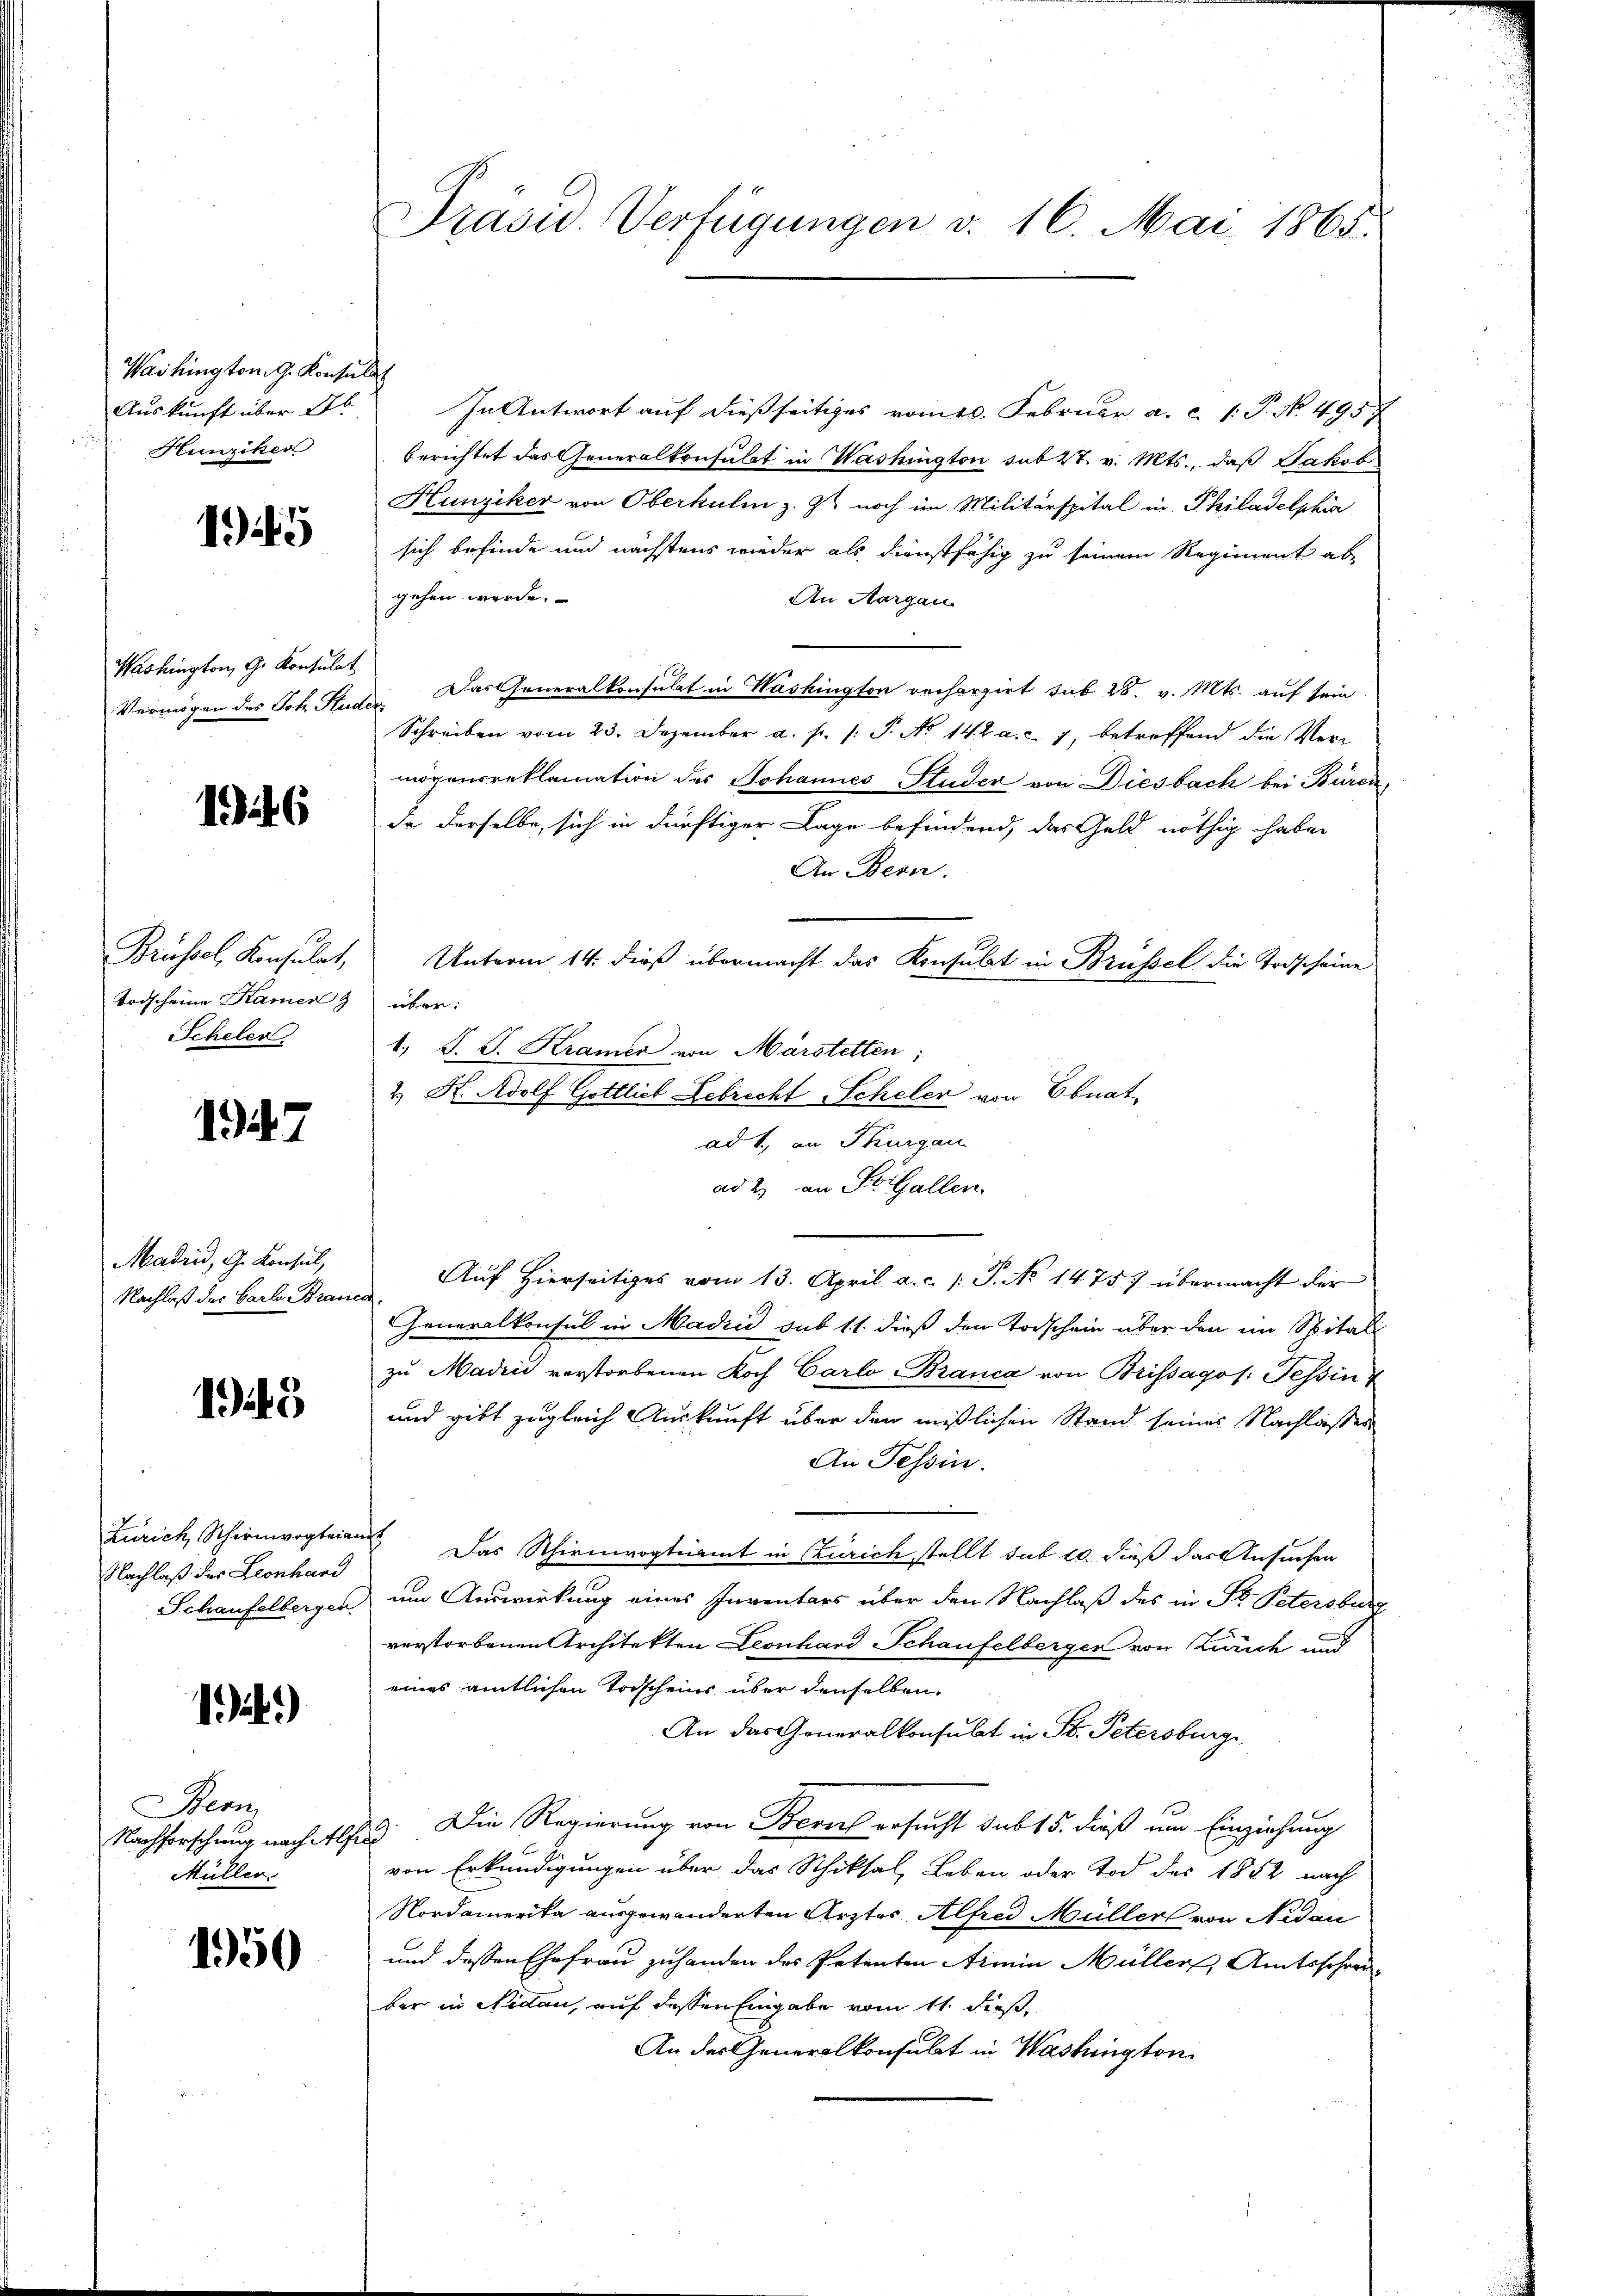
Washington G. Konsulat
Auskunft über Ab
Hunziker

145

Washington, Ge Konsulat

146

Brüssel, Konsulat,
Todscheine Kamer &
Scheler

17

Madrid, G. Konsul,

145

Zürich Schirmvogteia
Nachlaß der Leonhand
Schaufelbergen.

124.)

Bern
Nachforschung nach Alf
Müller.

1950

Präsid. Verfügungen v. 16. Mai 1865.

In Antwort auf dießseitiges vom 10. Februar a. c. 1. P. No. 4957
berichtet das Generalkonsulat in Washington sub 27. v. Mts., daß Jakob
Hunziker von Oberkulin z. Z. noch im Militärspital in Philadelphia
sich befinde und nächstens wieder als dienstfähig zu seinem Regiment ab
gehen werde.
An Aargau.
Vermögen des Joh. Studen. Das Generalkonsulat in Washington rechargirt sub 28. v. Mts. auf sein
Schreiben vom 23. Dezember a. p. /: P. Nr. 142 a. c. 7, betreffend die Vermögensreklamation des Johannes Studer von Diesbach bei Büren,
da derselbe, sich in dürftiger Lage befindend, das Geld nöthig habe
An Bern.
Unterm 14. dieß übermacht das Konsulat in Brüssel die Todscheine
über:
1. P. J. Kramer von Märstetten;
2. K. Adolf Gottlieb Lebrecht Scheler von Ebnat
ad 1., an Thurgau.
ad 2. an St. Gallen.
Nachlaß des Barb. Bruns Auf hierseitiges vom 13. April a. c. l. J. No 14757 übermacht der
Generalkonsul in Madrid sub 11. dieß den Todschein über den im Spital
zu Madri verstorbenen Koch Carlo Branca von Brissagos. Tessin
und gibt zugleich Auskunft über den mißlichen Stand seines Nachlassen
An Tessin.
aut. Das Schirmvogteiamt in Zürich stellt sub 10. dieß das Ansuchen
um Auswirkung eines Inventars über den Nachlaß des in St. Peterotun
verstorbenen Architekten Leonhard Schaufelberger von Zürich und
eines amtlichen Vorscheins über denselben.
An das Generalkonsulat in St. Petersburg
Die Regierung von Berer ersucht sub 15. dieß um Einziehung
f
von Erkundigungen über das Schiksal, Leben oder Tod des 1852 nach
Nordamerika ausgewanderten Ärzter Alfred Müller von Nidau
und dessen Ehefrau zuhanden des Petenten Armin Müller Amtsschreiber in Nidau, auf dessen Eingabe vom 11. dieß,
An das Generalkonsulat in Washington